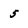
Character: 5